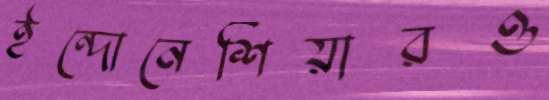
ইন্দোনেশিয়ারও